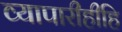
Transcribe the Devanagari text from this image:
व्यापारीहीहि